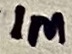
Text: 1M